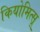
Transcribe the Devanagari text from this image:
कियोमित्सू